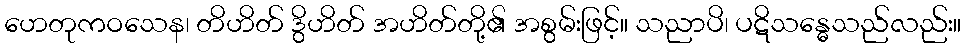
ဟေတုကဝသေန၊ တိဟိတ် ဒွိဟိတ် အဟိတ်တို့၏ အစွမ်းဖြင့်။ သညာပိ၊ ပဋိသန္ဓေသည်လည်း။